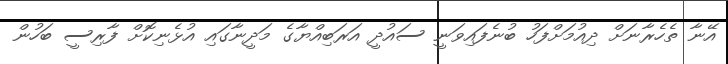
އޭނާ ތެހެރާނަށް ދިއުމަށްފަހު ބުނެފައިވަނީ ސައުދީ އަރަބިއްޔާގެ މަދީނާގައި އުޅެނިކޮށް ފާރިސީ ބަހުން